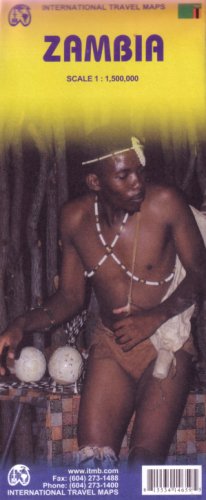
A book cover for Zambia 1:1,500,000 Travel Map (International Travel Maps); ITM Canada; Travel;